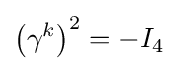
\left(\gamma ^{k}\right)^{2}=-I_{4}